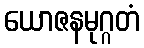
ယောဇနမုဂ္ဂတံ